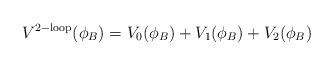
LaTeX: \begin{align*}V^{\mathrm{2-loop}}(\phi_B)=V_0(\phi_B)+V_1(\phi_B)+V_2(\phi_B)\end{align*}